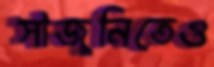
সাজুনিতেও